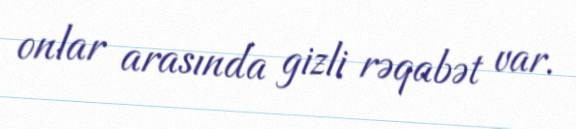
onlar arasında gizli rəqabət var.